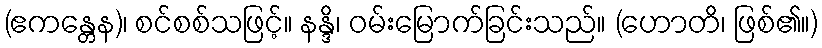
(ဧကန္တေန)၊ စင်စစ်သဖြင့်။ နန္ဒိ၊ ဝမ်းမြောက်ခြင်းသည်။ (ဟောတိ၊ ဖြစ်၏။)